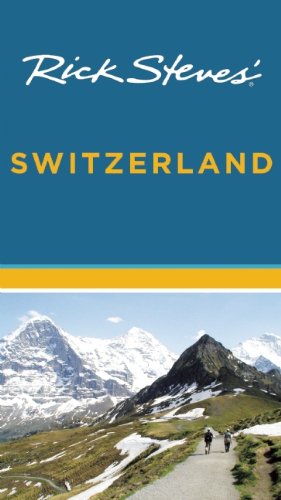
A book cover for Rick Steves' Switzerland; Rick Steves; Travel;